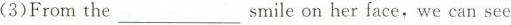
(3)From the ___ smile on her face,we can see